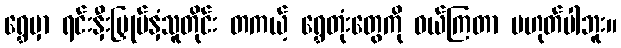
ရွှေမှာ ရင်းနှီးမြှုပ်နှံသူတိုင်း တကယ့် ရွှေတုံးတွေကို ဝယ်ကြတာ မဟုတ်ပါဘူး။